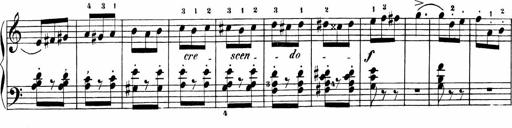
Title: Sonatinen Op.47, 98 und 136, nebst 6 Liedersonatinen
Composer: Carl Reinecke